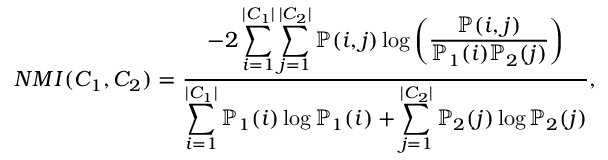
N M I ( C _ { 1 } , C _ { 2 } ) = \frac { - 2 \displaystyle \sum _ { i = 1 } ^ { | C _ { 1 } | } \sum _ { j = 1 } ^ { | C _ { 2 } | } \mathbb { P } ( i , j ) \log \left( \frac { \mathbb { P } ( i , j ) } { \mathbb { P } _ { 1 } ( i ) \mathbb { P } _ { 2 } ( j ) } \right) } { \displaystyle \sum _ { i = 1 } ^ { | C _ { 1 } | } \mathbb { P } _ { 1 } ( i ) \log \mathbb { P } _ { 1 } ( i ) + \displaystyle \sum _ { j = 1 } ^ { | C _ { 2 } | } \mathbb { P } _ { 2 } ( j ) \log \mathbb { P } _ { 2 } ( j ) } { , }